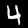
Digit: 4